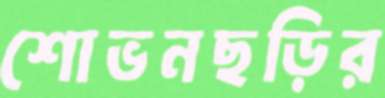
শোভনছড়ির